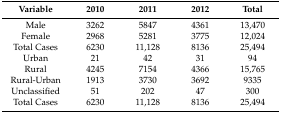
| Variable | 2010 | 2011 | 2012 | Total |
 | --- | --- | --- | --- | --- |
 | Male | 3262 | 5847 | 4361 | 13,470 |
 | Female | 2968 | 5281 | 3775 | 12,024 |
 | Total Cases | 6230 | 11,128 | 8136 | 25,494 |
 | Urban | 21 | 42 | 31 | 94 |
 | Rural | 4245 | 7154 | 4366 | 15,765 |
 | Rural-Urban | 1913 | 3730 | 3692 | 9335 |
 | Unclassified | 51 | 202 | 47 | 300 |
 | Total Cases | 6230 | 11,128 | 8136 | 25,494 |